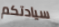
سيادتكم